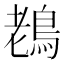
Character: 䳓